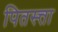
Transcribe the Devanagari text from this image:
पितस्त्ता